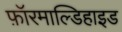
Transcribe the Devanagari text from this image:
फ़ॉरमाल्डिहाइड